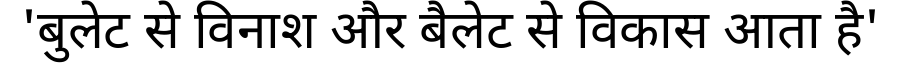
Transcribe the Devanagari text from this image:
'बुलेट से विनाश और बैलेट से विकास आता है'